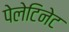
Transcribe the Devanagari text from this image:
पेलेटिनेट